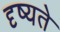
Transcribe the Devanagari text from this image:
दृष्यते